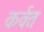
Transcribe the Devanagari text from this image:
कर्वत